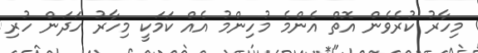
މިހާރު ކުރެވެން އޮތް އެންމެ މުހިންމު އެއް ކަމަކީ މިހާރު ހަދަން ހުރި